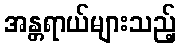
အန္တရာယ်များသည့်